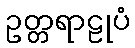
ဥတ္တရာဠုပံ